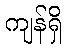
ကျန်ရှိ